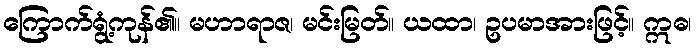
ကြောက်ရွံ့ကုန်၏။ မဟာရာဇ၊ မင်းမြတ်။ ယထာ၊ ဥပမာအားဖြင့်။ ဣဓ၊